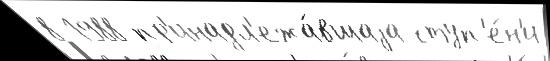
8 1988 пр'инадл'ежа́вшаjа ступ'е́н'и